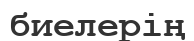
биелерің